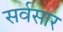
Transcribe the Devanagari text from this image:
सर्वसार